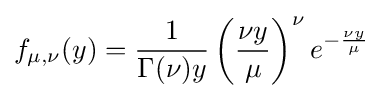
f_{\mu ,\nu }(y)={\frac {1}{\Gamma (\nu )y}}\left({\frac {\nu y}{\mu }}\right)^{\nu }e^{-{\frac {\nu y}{\mu }}}